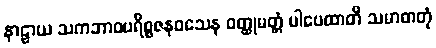
နာဠာယ သကဘာဝပရိစ္စဇနဝသေန ဝတ္ထုမတ္တံ ပါပေထာတိ သမာဓာတုံ